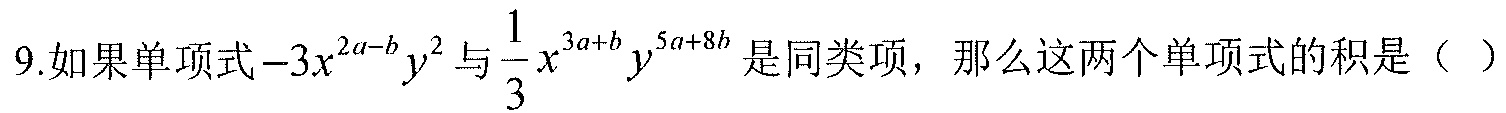
9.如果单项式\(-3x^{2a - b}y^{2}\)与\(\frac{1}{3}x^{3a + b}y^{5a + 8b}\)是同类项，那么这两个单项式的积是（  ）